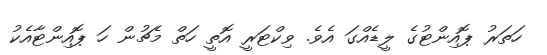
ހަތަރު ޕޮއިންޓުގެ ލީޑެއްގަ އެވެ. ވިކްޓަރީ އޮތީ ހަތް މެޗުން ހަ ޕޮއިންޓާއެކު